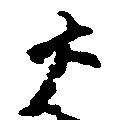
大